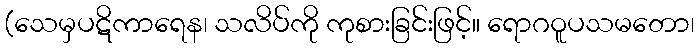
(သေမှပဋိကာရေန၊ သလိပ်ကို ကုစားခြင်းဖြင့်။ ရောဂဝူပသမတော၊